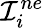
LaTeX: \mathcal{I}_{i}^{ne}